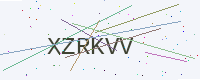
Text: XZRKVV